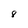
Character: 8